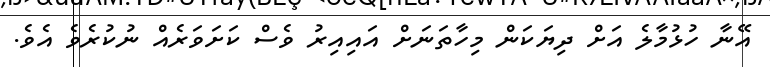
އޭނާ ހުޅުމާލެ އަށް ދިޔަކަން މިހާތަނަށް އައިއިރު ވެސް ކަށަވަރެއް ނުކުރެވެ އެވެ.